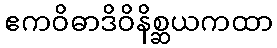
ဧကဝိဓာဒိဝိနိစ္ဆယကထာ